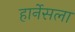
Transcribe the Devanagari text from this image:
हार्नेसला